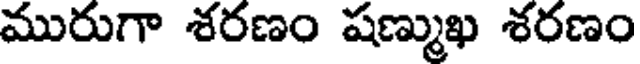
మురుగా శరణం షణ్ముఖ శరణం